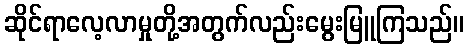
ဆိုင်ရာလေ့လာမှုတို့အတွက်လည်းမွေးမြူကြသည်။